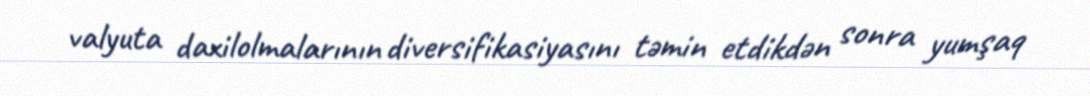
valyuta daxilolmalarının diversifikasiyasını təmin etdikdən sonra yumşaq